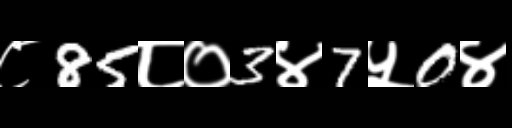
Text: ८85८०3४7५0४